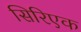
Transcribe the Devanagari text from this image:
सिरिएक